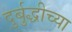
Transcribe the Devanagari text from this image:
दुर्बुद्धीच्या